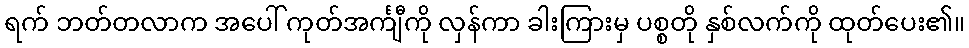
ရက် ဘတ်တလာက အပေါ် ကုတ်အင်္ကျီကို လှန်ကာ ခါးကြားမှ ပစ္စတို နှစ်လက်ကို ထုတ်ပေး၏။